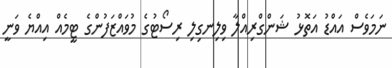
ނަމަވެސް އައްޑު އަތޮޅު ޝަންގްރިއްލާ ވިލިނގިލި ރިސޯޓުގެ މުވައްޒަފުންގެ ޓީމެއް އިއްޔެ ވަނީ